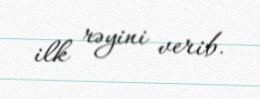
ilk rəyini verib.